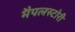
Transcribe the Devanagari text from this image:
मैपलस्टोरी